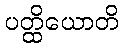
ပတ္ထိယောတိ